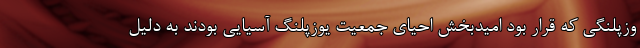
وزپلنگی که قرار بود امیدبخش احیای جمعیت یوزپلنگ آسیایی بودند به دلیل